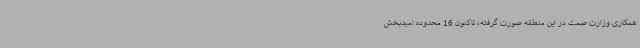
همکاری وزارت صمت در این منطقه صورت گرفته، تاکنون 16 محدوده امیدبخش